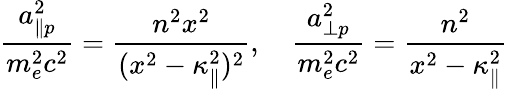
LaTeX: \frac{a_{\| p}^{2}}{m_{e}^{2}c^{2}}=\frac{n^{2}x^{2}}{(x^{2}-\kappa_{\| }^{2})^{2}},\quad\frac{a_{\perp p}^{2}}{m_{e}^{2}c^{2}}=\frac{n^{2}}{x^{2}-\kappa_{\| }^{2}}